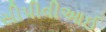
સીપીવીઆઈ